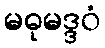
မဓုမဒ္ဒဝံ